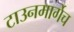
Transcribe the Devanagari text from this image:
टाउनमार्गेच